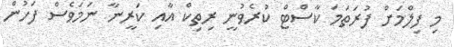
މި ފިލްމަށް ފުރަތަމަ ކާސްޓް ކުރެވުނީ ރިތިކް އާއި ކަރީނާ ނަމަވެސް ފަހުން